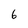
Character: 6